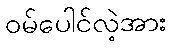
ဝမ်ပေါင်လဲ့အား